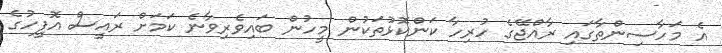
އެ މަހާސިންތާގައި ރާއްޖޭގެ ހުރިހާ ކަންކޮޅުތަކުން މީހުން ބައިވެރިވާނެ ކަމަށް ރައީސް އޮފީހުގެ